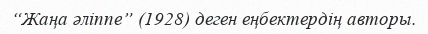
“Жаңа әліппе” (1928) деген еңбектердің авторы.